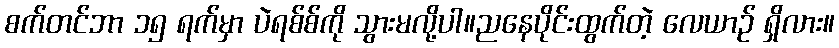
စက်တင်ဘာ ၁၅ ရက်မှာ ပဲရစ်စ်ကို သွားမလို့ပါ။ညနေပိုင်းထွက်တဲ့ လေယာဉ် ရှိလား။